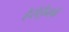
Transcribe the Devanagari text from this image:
हेरॉईनचे